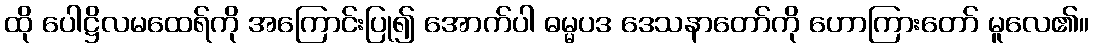
ထို ပေါဋ္ဌိလမထေရ်ကို အကြောင်းပြု၍ အောက်ပါ ဓမ္မပဒ ဒေသနာတော်ကို ဟောကြားတော် မူလေ၏။